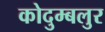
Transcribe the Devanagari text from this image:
कोदुम्बलुर